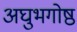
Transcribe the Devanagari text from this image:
अघुभगोष्ठ